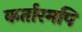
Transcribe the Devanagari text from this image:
कर्तारमपि